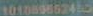
101089852455